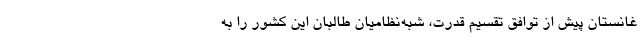
غانستان پیش از توافق تقسیم قدرت، شبه‌نظامیان طالبان این کشور را به